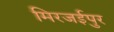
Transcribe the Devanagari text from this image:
मिरजईपुर